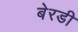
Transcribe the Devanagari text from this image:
बेरडी